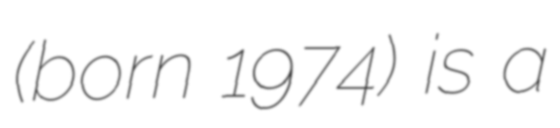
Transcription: (born 1974) is a